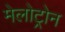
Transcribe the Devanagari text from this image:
मेलोट्रोन